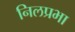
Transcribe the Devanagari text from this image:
निलप्रभा